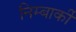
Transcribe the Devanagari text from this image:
निम्बार्की